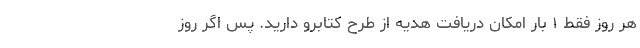
هر روز فقط ۱ بار امکان دریافت هدیه از طرح کتابرو دارید. پس اگر روز